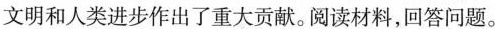
文明和人类进步作出了重大贡献。阅读材料，回答问题。